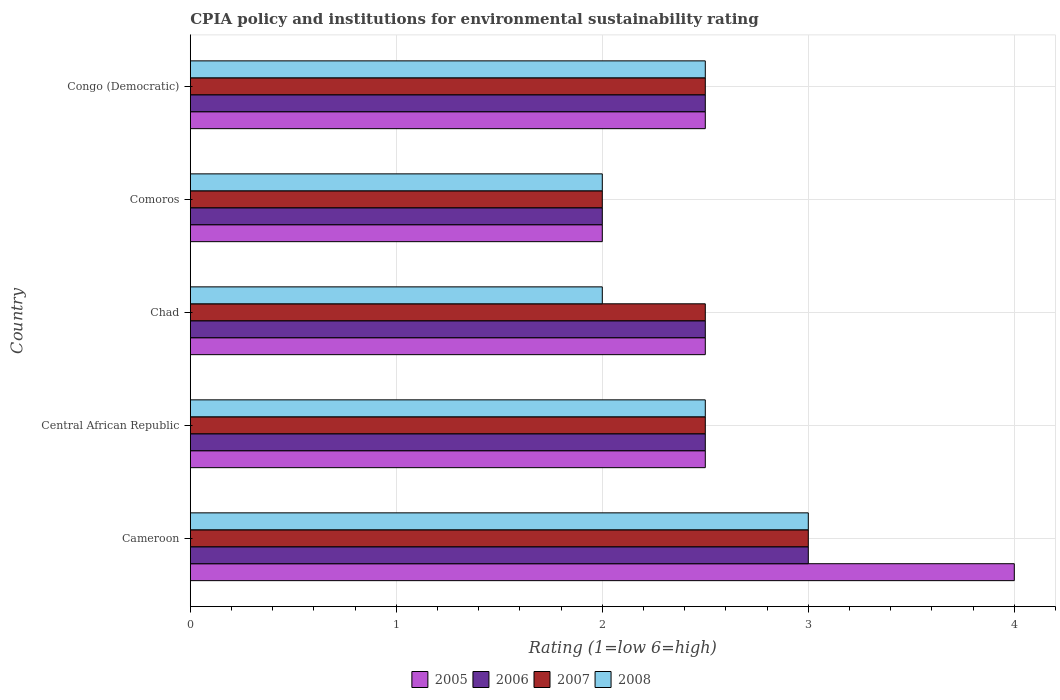
| Country | 2005 | 2006 | 2007 | 2008 |
 | --- | --- | --- | --- | --- |
 | Cameroon | 4 | 3 | 3 | 3 |
 | Central African Republic | 2.5 | 2.5 | 2.5 | 2.5 |
 | Chad | 2.5 | 2.5 | 2.5 | 2 |
 | Comoros | 2 | 2 | 2 | 2 |
 | Congo (Democratic) | 2.5 | 2.5 | 2.5 | 2.5 |